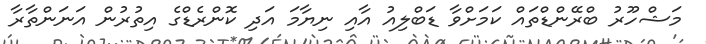
މަޝްހޫރު ބްރޭންޑްތައް ކަމަށްވާ ޑަބްލިއު އާއި ނިޔާމަ އަދި ކޮންރެޑްގެ އިތުރުން އަނަންތާރާ